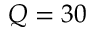
Q = 3 0